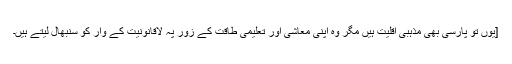
[یوں تو پارسی بھی مذہبی اقلیت ہیں مگر وہ اپنی معاشی اور تعلیمی طاقت کے زور پہ لاقانونیت کے وار کو سنبھال لیتے ہیں۔